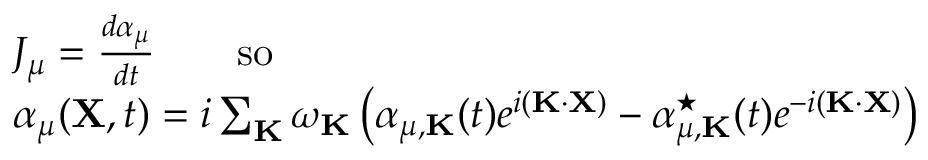
\begin{array} { r l } & { J _ { \mu } = \frac { d \alpha _ { \mu } } { d t } \qquad \mathrm { s o } } \\ & { \alpha _ { \mu } ( { \bf X } , t ) = i \sum _ { \bf K } \omega _ { \bf K } \left( \alpha _ { \mu , { \bf K } } ( t ) e ^ { i ( { \bf K } \cdot { \bf X } ) } - \alpha _ { \mu , { \bf K } } ^ { \star } ( t ) e ^ { - i ( { \bf K } \cdot { \bf X } ) } \right) } \end{array}